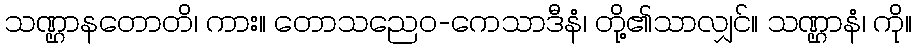
သဏ္ဌာနတောတိ၊ ကား။ တောသညေဝ-ကေသာဒီနံ၊ တို့၏သာလျှင်။ သဏ္ဌာနံ၊ ကို။